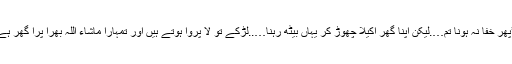
’’پھر خفا نہ ہونا تم….لیکن اپنا گھر اکیلا چھوڑ کر یہاں بیٹھ رہنا…..لڑکے تو لا پروا ہوتے ہیں اور تمہارا ماشاء اللہ بھرا پرا گھر ہے۔